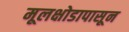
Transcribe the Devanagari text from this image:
मूलक्षोडापासून